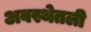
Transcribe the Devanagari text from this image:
अवस्थेतली